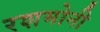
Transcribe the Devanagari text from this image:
रशमोनी